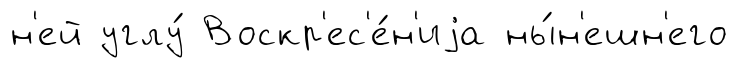
н'ей углу́ Воскр'ес'е́н'иjа ны́н'ешн'его